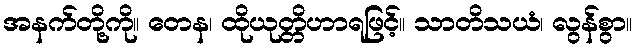
အနက်တို့ကို။ တေန၊ ထိုယုတ္တိဟာရဖြင့်။ သာတိသယံ၊ လွန်စွာ။